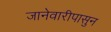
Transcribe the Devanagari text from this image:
जानेवारीपासुन